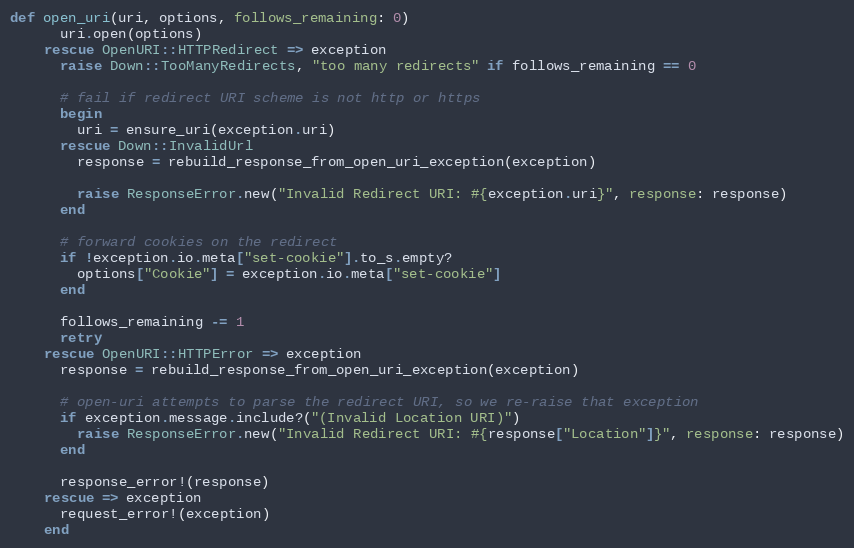
Language: Ruby
def open_uri(uri, options, follows_remaining: 0)
      uri.open(options)
    rescue OpenURI::HTTPRedirect => exception
      raise Down::TooManyRedirects, "too many redirects" if follows_remaining == 0

      # fail if redirect URI scheme is not http or https
      begin
        uri = ensure_uri(exception.uri)
      rescue Down::InvalidUrl
        response = rebuild_response_from_open_uri_exception(exception)

        raise ResponseError.new("Invalid Redirect URI: #{exception.uri}", response: response)
      end

      # forward cookies on the redirect
      if !exception.io.meta["set-cookie"].to_s.empty?
        options["Cookie"] = exception.io.meta["set-cookie"]
      end

      follows_remaining -= 1
      retry
    rescue OpenURI::HTTPError => exception
      response = rebuild_response_from_open_uri_exception(exception)

      # open-uri attempts to parse the redirect URI, so we re-raise that exception
      if exception.message.include?("(Invalid Location URI)")
        raise ResponseError.new("Invalid Redirect URI: #{response["Location"]}", response: response)
      end

      response_error!(response)
    rescue => exception
      request_error!(exception)
    end